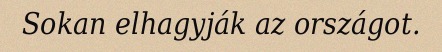
Sokan elhagyják az országot.